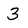
Character: 3